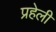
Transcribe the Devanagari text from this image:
प्रहेली